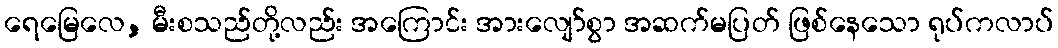
ရေမြေလေ, မီးစသည်တို့လည်း အကြောင်း အားလျော်စွာ အဆက်မပြတ် ဖြစ်နေသော ရုပ်ကလာပ်